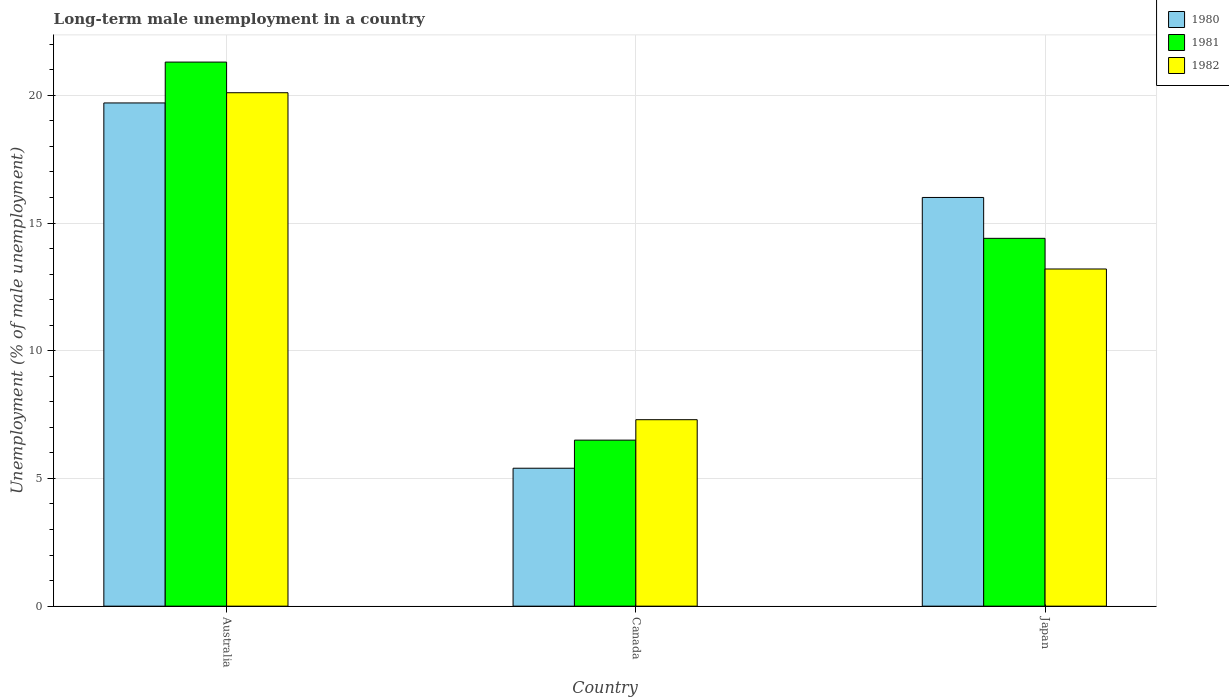
| Country | 1980 | 1981 | 1982 |
 | --- | --- | --- | --- |
 | Australia | 19.7 | 21.3 | 20.1 |
 | Canada | 5.4 | 6.5 | 7.3 |
 | Japan | 16 | 14.4 | 13.2 |